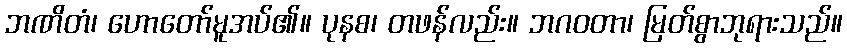
ဘဏိတံ၊ ဟောတော်မူအပ်၏။ ပုနစ၊ တဖန်လည်း။ ဘဂဝတာ၊ မြတ်စွာဘုရားသည်။